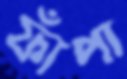
ফাঁপা